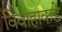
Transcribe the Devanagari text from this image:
विवाहाकडे